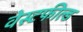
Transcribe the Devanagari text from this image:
वेस्टफील्ड